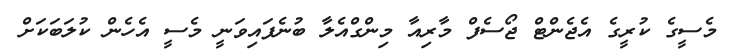
މެސީގެ ކުރީގެ އެޖެންޓް ޖޯސެފް މާރިއާ މިންގްއެލާ ބުނެފައިވަނީ މެސީ އެހެން ކުލަބަކަށް